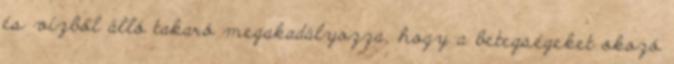
és vízből álló takaró megakadályozza, hogy a betegségeket okozó